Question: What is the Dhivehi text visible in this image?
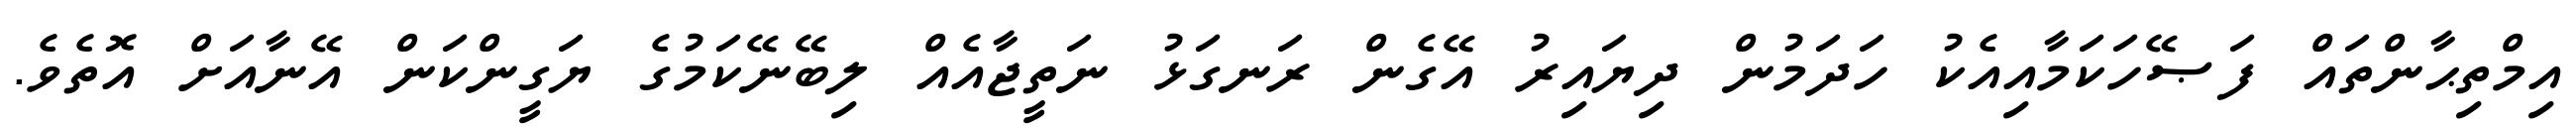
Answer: އިމްތިޙާންތައް ފަޞޭހަކަމާއިއެކު ހަދަމުން ދިޔައިރު އޭގެން ރަނގަޅު ނަތީޖާއެއް ލިބޭނޭކަމުގެ ޔަގީންކަން އޭނާއަށް އޮތެވެ.